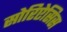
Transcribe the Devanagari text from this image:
सोरिऐसिस